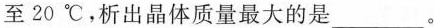
至20℃，析出晶体质量最大的是___。